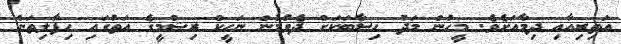
އަތިރިއާއި ދިމާއަށެވެ. މީހުން މަދު ހިސާބަކަށް ދެވުމުން ނަހީކް ރިޝްމީގެ އަތުގައި ހިފާލިތަން